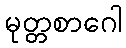
မုတ္တစာဂေါ